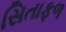
સિતાફળ